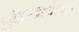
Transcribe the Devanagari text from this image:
लोकपालांच्याच